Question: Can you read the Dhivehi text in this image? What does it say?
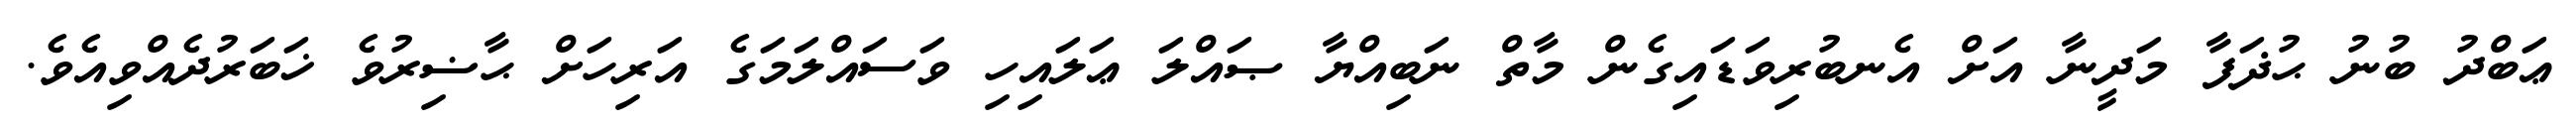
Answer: ޢަބްދު ބުނު ޙުޛަފާ މަދީނާ އަށް އެނބުރިވަޑައިގެން މާތް ނަބިއްޔާ ޞައްލަ ޢަލައިހި ވަސައްލަމަގެ އަރިހަށް ޙާޟިރުވެ ޚަބަރުދެއްވިއެވެ.